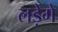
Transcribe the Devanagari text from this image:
लड़ेगे